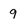
Character: q